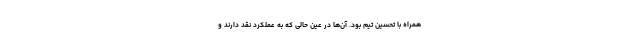
همراه با تحسین تیم بود. آن‌ها در عین حالی که به عملکرد نقد دارند و